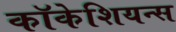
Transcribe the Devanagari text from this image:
कॉकेशियन्स